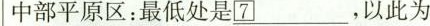
中部平原区：最低处是_______________，以此为